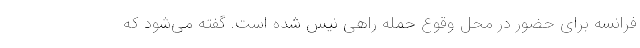
فرانسه برای حضور در محل وقوع حمله راهی نیس شده است. گفته می‌شود که